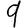
Digit: 9